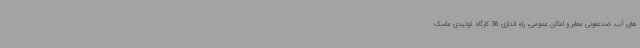
های آب، ضدعفونی معابر و اماکن عمومی، راه اندازی 36 کارگاه تولیدی ماسک